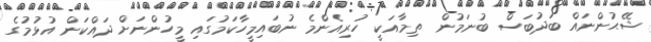
ޝޭޙުންނައް ބަދުބަސް ބުނަމުން  ތިމާއަކީ ހުރިއެންމެ ނުބައިމީހާކަމުގައި މީހުންނަށް ދައްކަން އުޅުމުގެ